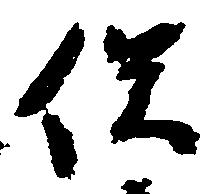
俣